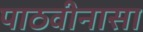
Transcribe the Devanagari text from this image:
पाठवीनासा